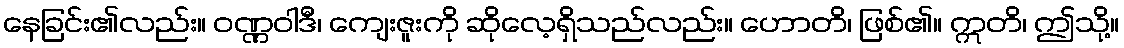
နေခြင်း၏လည်း။ ဝဏ္ဏဝါဒီ၊ ကျေးဇူးကို ဆိုလေ့ရှိသည်လည်း။ ဟောတိ၊ ဖြစ်၏။ ဣတိ၊ ဤသို့။